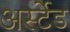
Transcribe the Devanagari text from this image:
अर्स्टेड